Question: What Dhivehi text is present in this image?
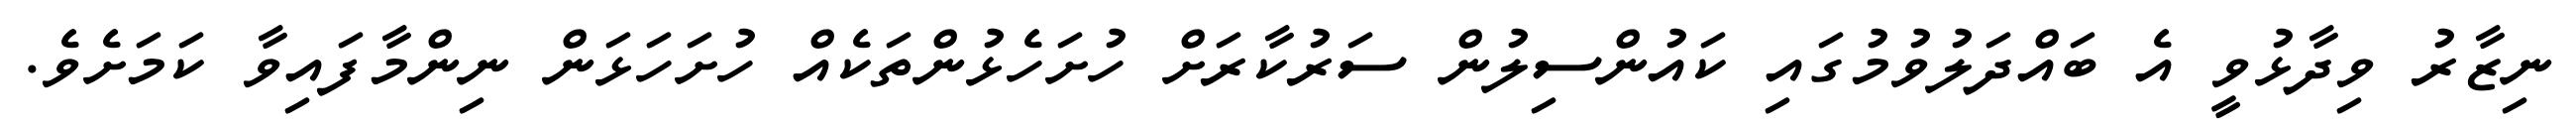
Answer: ނިޒާރު ވިދާޅުވީ އެ ބައްދަލުވުމުގައި ކައުންސިލުން ސަރުކާރަށް ހުށަހެޅުންތަކެއް ހުށަހަޅަން ނިންމާފައިވާ ކަމަށެވެ.